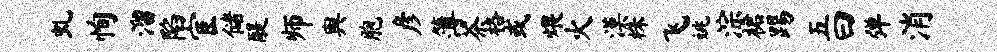
虬恂溜陷宦储醍师舆胞彦簿茶格或煨火漠株飞姚淙裙踢五曰弹消